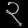
Digit: ၃